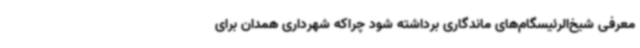
معرفی شیخ‌الرئیسگام‌های ماندگاری برداشته شود چراکه شهرداری همدان برای